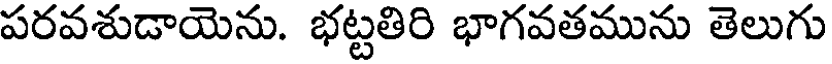
పరవశుడాయెను. భట్టతిరి భాగవతమును తెలుగు